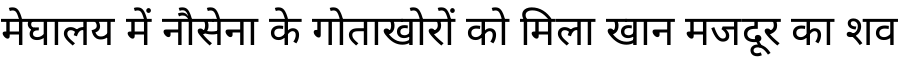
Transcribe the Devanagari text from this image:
मेघालय में नौसेना के गोताखोरों को मिला खान मजदूर का शव